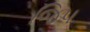
જિપ